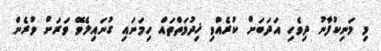
މި މަނިކުފާނު ދިވެހި އަދަބަށް ކުރެއްވި ޚިދުމަތްތައް ހިމަނައި ގުނައިލެވޭ ވަރަށް ވުރެން